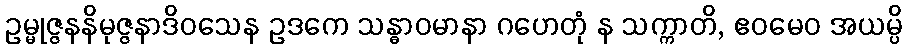
ဥမ္မုဇ္ဇနနိမုဇ္ဇနာဒိဝသေန ဥဒကေ သန္ဓာဝမာနာ ဂဟေတုံ န သက္ကာတိ, ဧဝမေဝ အယမ္ပိ